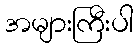
အများကြီးပါ